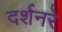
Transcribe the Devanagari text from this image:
दर्शनरे